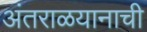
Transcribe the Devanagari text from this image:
अंतराळयानाची